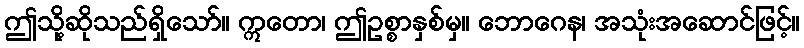
ဤသို့ဆိုသည်ရှိသော်။ ဣတော၊ ဤဥစ္စာနှစ်မှ။ ဘောဂေန၊ အသုံးအဆောင်ဖြင့်။